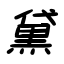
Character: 黛